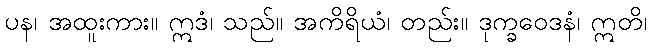
ပန၊ အထူးကား။ ဣဒံ၊ သည်။ အကိရိယံ၊ တည်း။ ဒုက္ခဝေဒနံ၊ ဣတိ၊